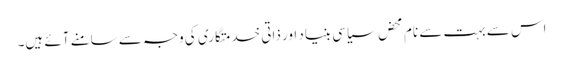
اس سے بہت سے نام محض سیاسی بنیاد اور ذاتی خدمتگاری کی وجہ سے سامنے آئے ہیں۔